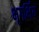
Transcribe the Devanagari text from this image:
भूगर्भिय